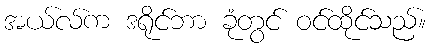
အယ်လ်က ဒရိုင်ဘာ ခုံတွင် ဝင်ထိုင်သည်။